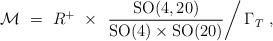
LaTeX: \begin{align*}{\cal M}\ =\ R^+\ \times \ \left. \frac{{\rm SO}(4,20)}{{\rm SO}(4)\times {\rm SO}(20)}\right/ \Gamma_T\ ,\end{align*}